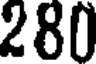
280